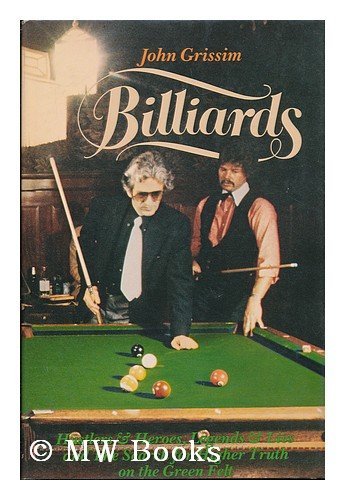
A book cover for Billiards; John Grissim; Sports & Outdoors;